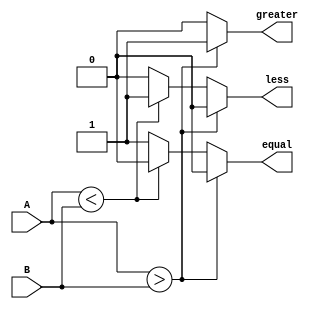
module unsigned_comparator (
    input wire [7:0] A,
    input wire [7:0] B,
    output reg greater,
    output reg less,
    output reg equal
);

always @* begin
    if (A > B) begin
        greater = 1;
        less = 0;
        equal = 0;
    end else if (A < B) begin
        greater = 0;
        less = 1;
        equal = 0;
    end else begin
        greater = 0;
        less = 0;
        equal = 1;
    end
end

endmodule